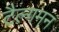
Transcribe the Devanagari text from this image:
टैल्गमन